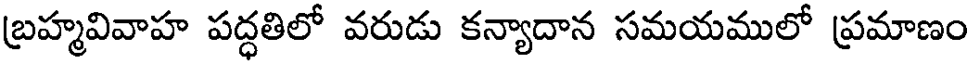
బ్రహ్మవివాహ పద్ధతిలో వరుడు కన్యాదాన సమయములో ప్రమాణం